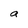
Character: a